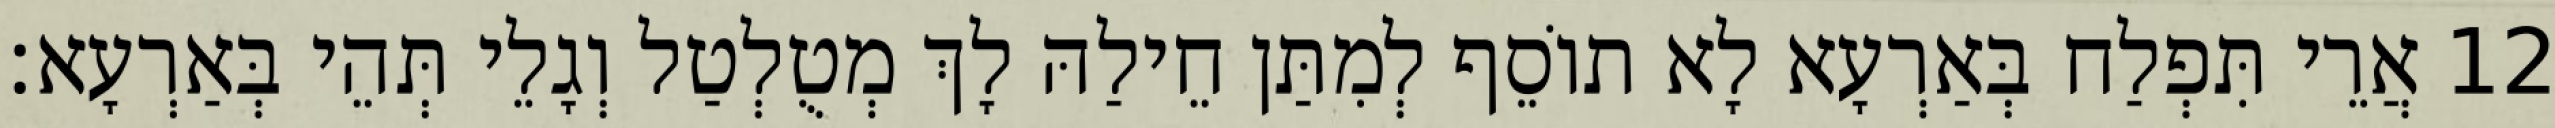
12 אֲרֵי תִּפְלַח בְּאַרְעָא לָא תוֹסֵף לְמִתַּן חֵילַהּ לָךְ מְטֻלְטַל וְגָלֵי תְּהֵי בְּאַרְעָא׃